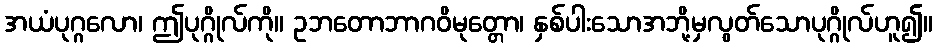
အယံပုဂ္ဂလော၊ ဤပုဂ္ဂိုလ်ကို။ ဥဘတောဘာဂဝိမုတ္တော၊ နှစ်ပါးသောအဘို့မှလွတ်သောပုဂ္ဂိုလ်ဟူ၍။